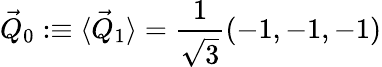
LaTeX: \vec{Q}_{0}:\equiv\langle\vec{Q}_{1}\rangle=\frac{1}{\sqrt{3}}(-1,-1,-1)